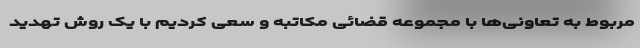
مربوط به تعاونی‌ها با مجموعه قضائی مکاتبه و سعی کردیم با یک روش تهدید